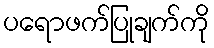
ပရောဖက်ပြုချက်ကို